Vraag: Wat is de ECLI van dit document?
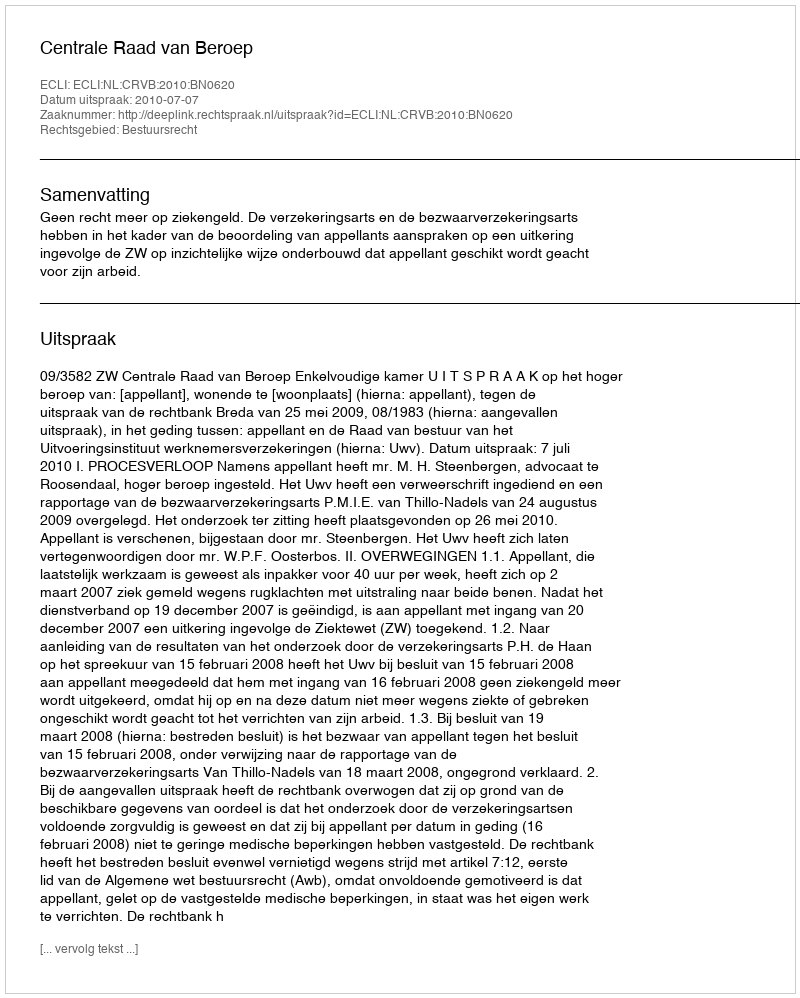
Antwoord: ECLI:NL:CRVB:2010:BN0620